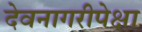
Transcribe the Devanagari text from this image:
देवनागरीपेक्षा